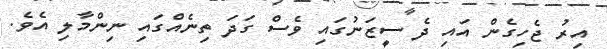
އިރު ޖެހިގެން އައި ދެ ސީޒަނުގައި ވެސް ގަދަ ތިނެއްގައި ނިންމާލި އެވެ.